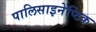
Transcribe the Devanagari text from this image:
पालिसाइनेप्टिक